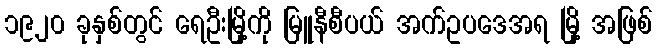
၁၉၂၀ ခုနှစ်တွင် ရေဦးမြို့ကို မြူနီစီပယ် အက်ဥပဒေအရ မြို့ အဖြစ်